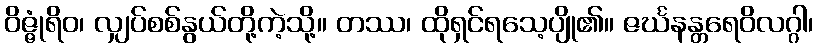
ဝိဇ္ဇုံရိဝ၊ လျှပ်စစ်နွယ်တို့ကဲ့သို့။ တဿ၊ ထိုရှင်ရသေ့ပျို၏။ ဇင်္ဃနန္တရေဝိလဂ္ဂါ၊